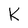
Character: K